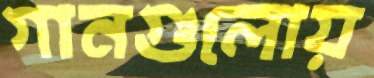
গানগুলোয়